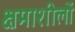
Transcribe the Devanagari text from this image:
क्षमाशीलों